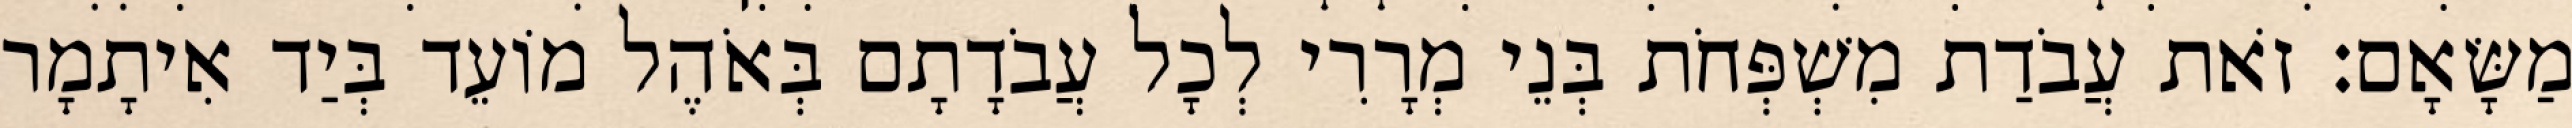
מַשָּׂאָם׃ זֹאת עֲבֹדַת מִשְׁפְּחֹת בְּנֵי מְרָרִי לְכָל עֲבֹדָתָם בְּאֹהֶל מוֹעֵד בְּיַד אִיתָמָר